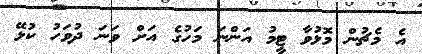
އެ މެޗުން މޮޅުވާ ޓީމު އަންނަ މަހުގެ އަށް ވަނަ ދުވަހު ކުޅޭ